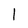
Character: 1